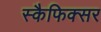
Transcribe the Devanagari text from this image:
स्कैफिक्सर